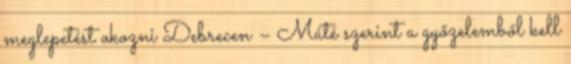
meglepetést okozni Debrecen – Máté szerint a győzelemből kell